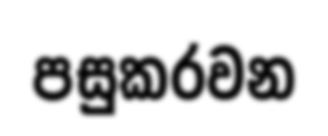
පසුකරවන